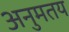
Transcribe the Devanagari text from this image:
अनुमतय